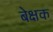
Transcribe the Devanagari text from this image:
बेक्षक